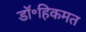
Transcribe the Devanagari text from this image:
डॉ॰हिकमत